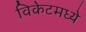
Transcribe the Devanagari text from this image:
विकेटमध्ये